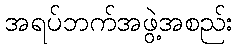
အရပ်ဘက်အဖွဲ့အစည်း